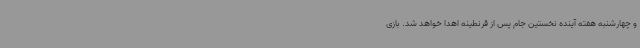
و چهارشنبه هفته آینده نخستین جام پس از قرنطینه اهدا خواهد شد. بازی